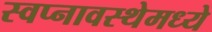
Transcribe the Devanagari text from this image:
स्वप्नावस्थेमध्ये